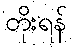
တိုးရန်